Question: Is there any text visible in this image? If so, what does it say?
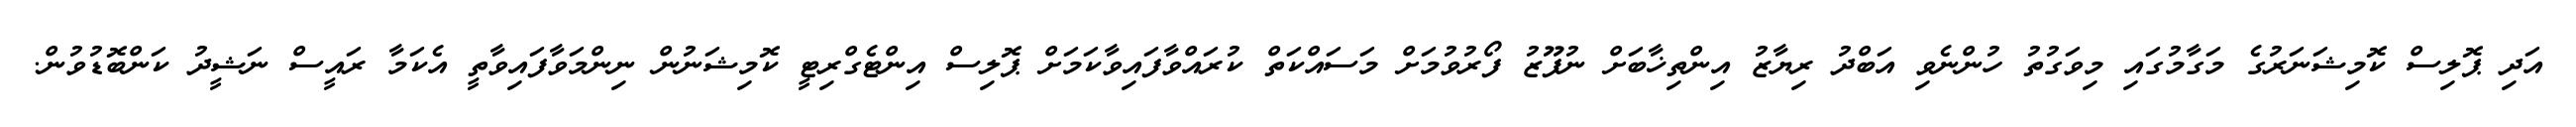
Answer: އަދި ޕޮލިސް ކޮމިޝަނަރުގެ މަގާމުގައި މިވަގުތު ހުންނެވި އަބްދު ރިޔާޒު އިންތިޚާބަށް ނުފޫޒު ފޯރުވުމަށް މަސައްކަތް ކުރައްވާފައިވާކަމަށް ޕޮލިސް އިންޓެގްރިޓީ ކޮމިޝަނުން ނިންމަވާފައިވާތީ އެކަމާ ރައީސް ނަޝީދު ކަންބޮޑުވުން.